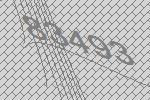
83493